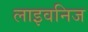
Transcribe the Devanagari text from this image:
लाइवनिज